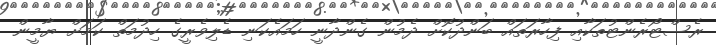
ރެސްޓޯރެންޓުތަކާއި ފިހާރަތައް ބަންދުކޮށް ދެމުން ގެންދާނީ ހަމައެކަނި ޑެލިވެރީގެ ހިދުމަތް ކަމަށް ޔާމީން